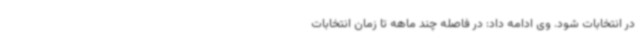
در انتخابات شود. وی ادامه داد: در فاصله چند ماهه تا زمان انتخابات